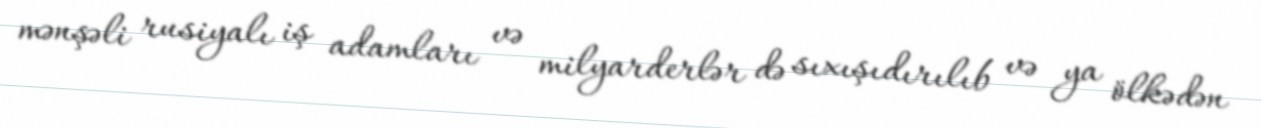
mənşəli rusiyalı iş adamları və milyarderlər də sıxışıdırılıb və ya ölkədən